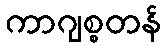
ကာဂျစ္စတန်